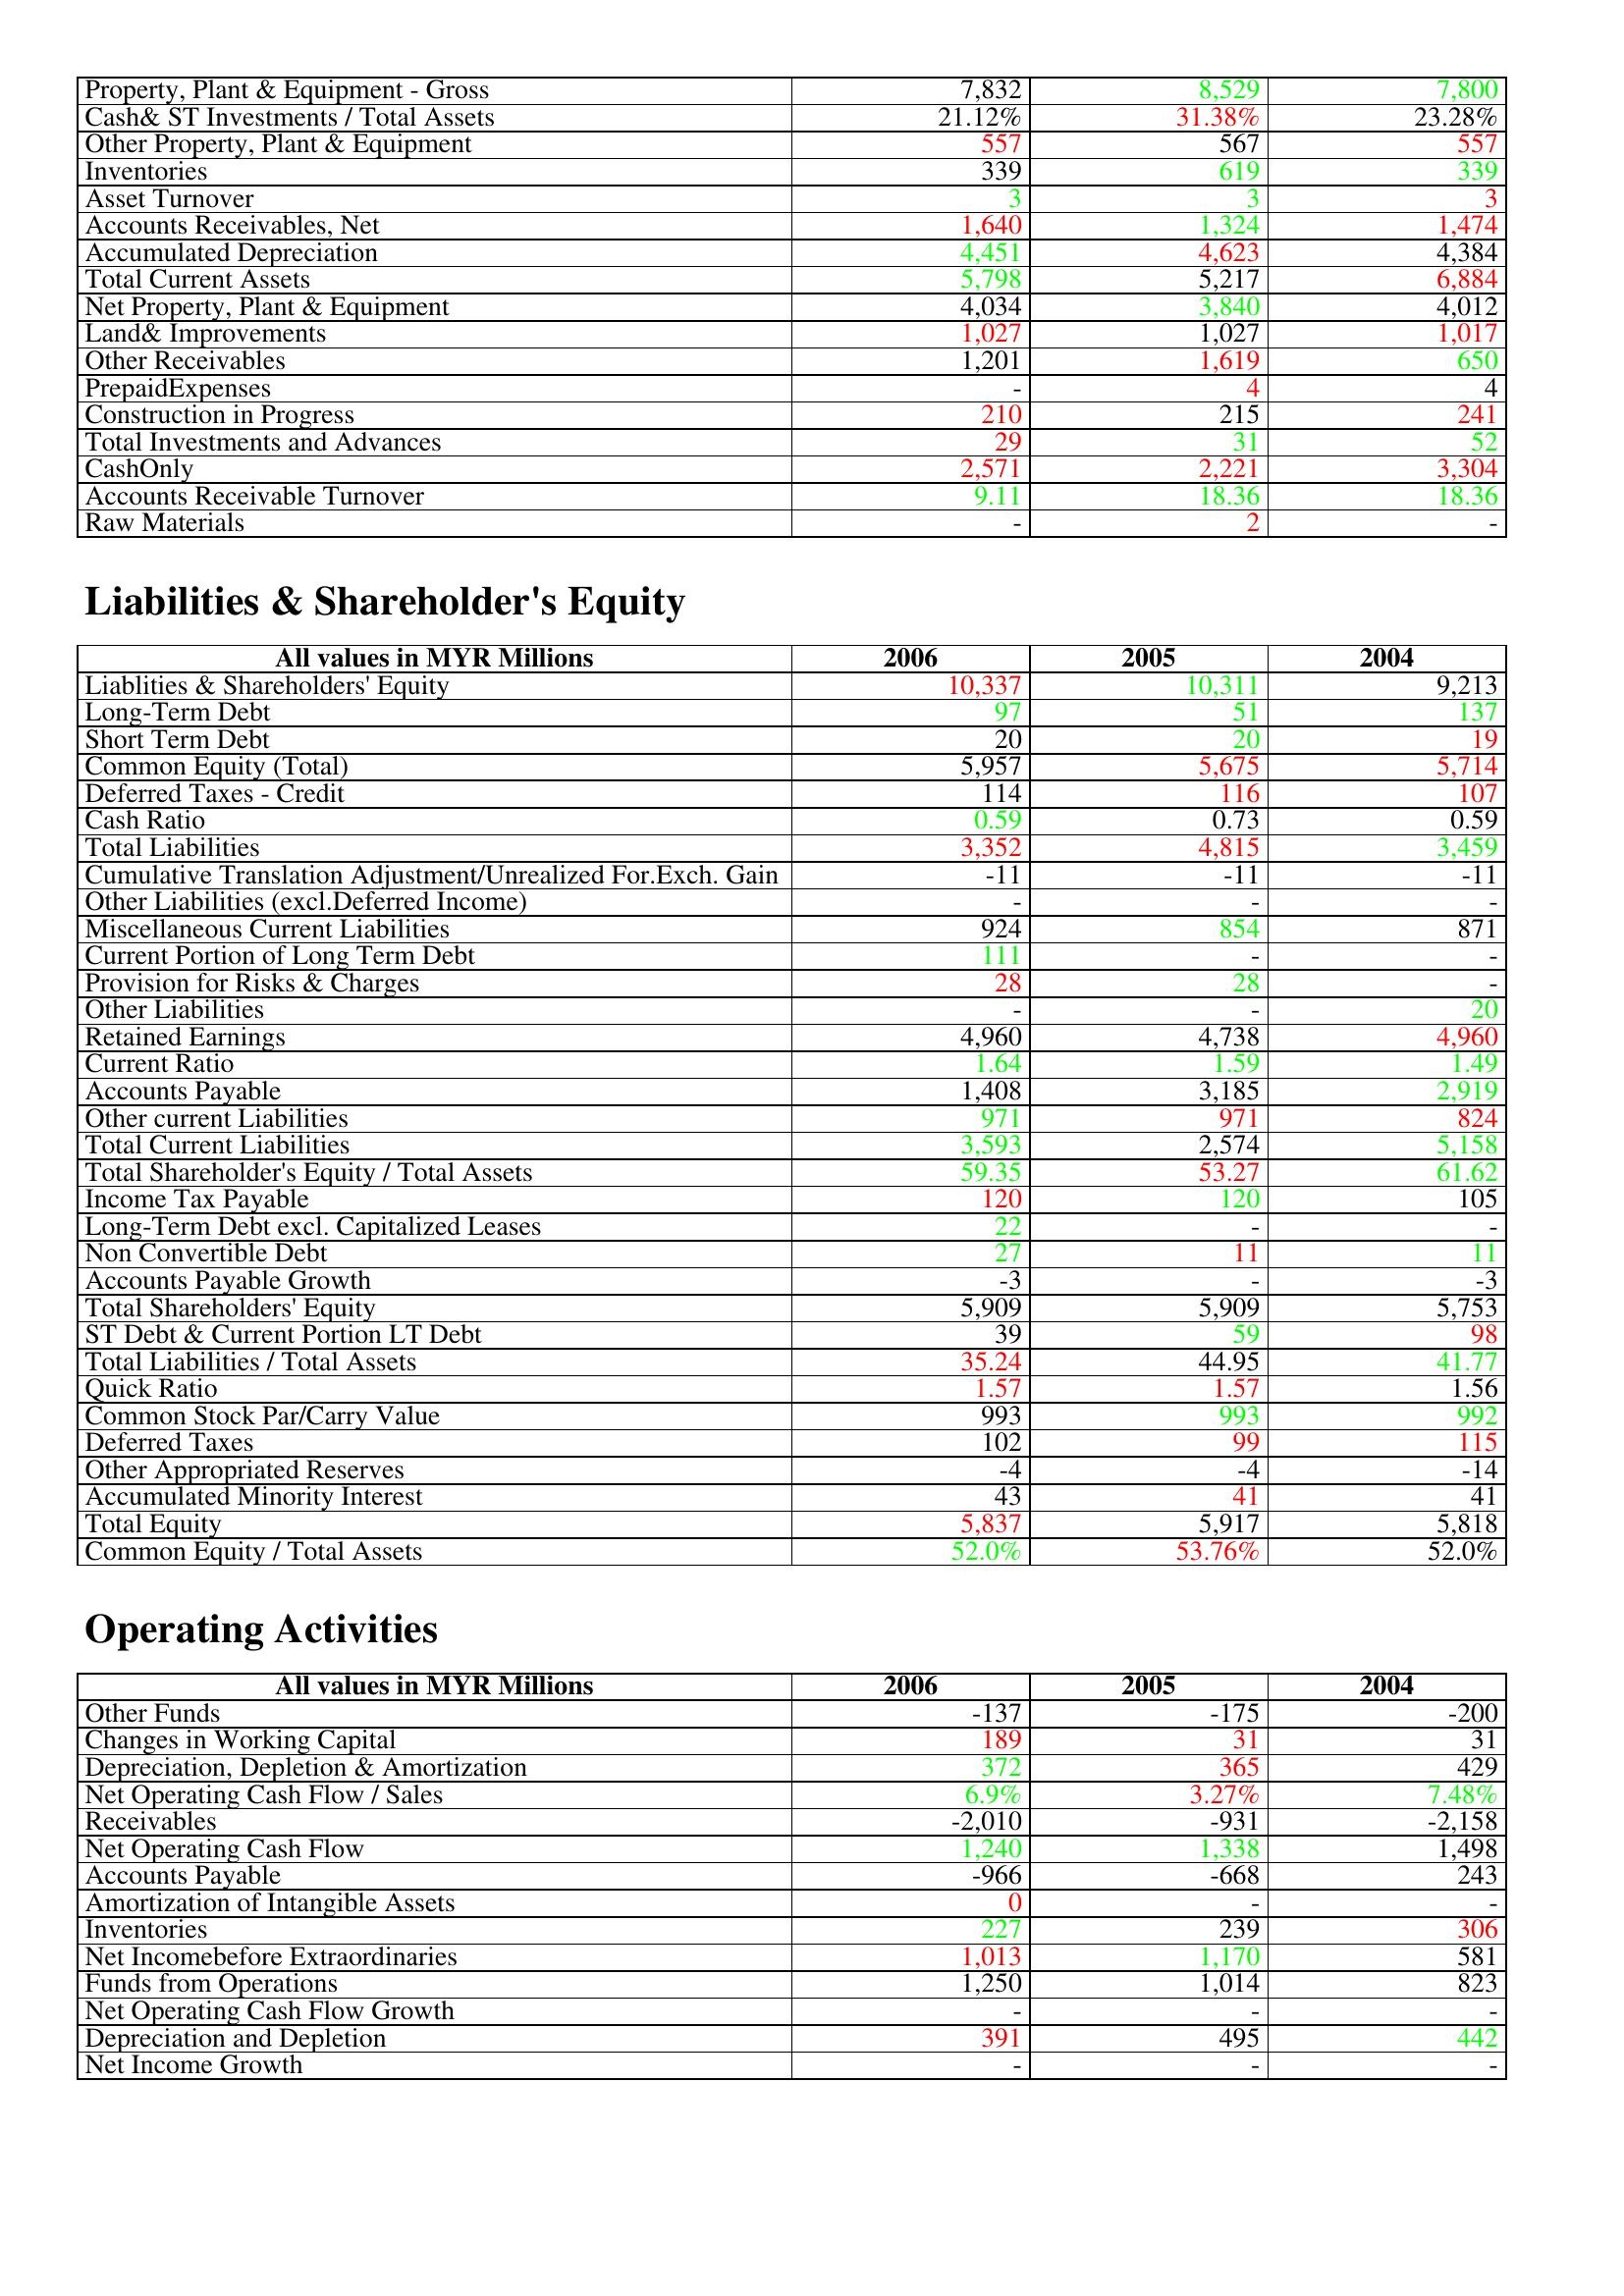
gt_parse: 2006: Assets: Property, Plant & Equipment - Gross : 7,832
Cash& ST Investments / Total Assets: 21.12%
Other Property, Plant & Equipment: 557
Inventories: 339
Asset Turnover: 3
Accounts Receivables, Net: 1,640
Accumulated Depreciation: 4,451
Total Current Assets: 5,798
Net Property, Plant & Equipment: 4,034
Land& Improvements: 1,027
Other Receivables: 1,201
PrepaidExpenses: -
Construction in Progress: 210
Total Investments and Advances: 29
CashOnly: 2,571
Accounts Receivable Turnover: 9.11
Raw Materials: -
Liabilities & Shareholder's Equity: Liablities & Shareholders' Equity: 10,337
Long-Term Debt: 97
Short Term Debt: 20
Common Equity (Total): 5,957
Deferred Taxes - Credit: 114
Cash Ratio: 0.59
Total Liabilities: 3,352
Cumulative Translation Adjustment/Unrealized For.Exch. Gain: -11
Other Liabilities (excl.Deferred Income): -
Miscellaneous Current Liabilities: 924
Current Portion of Long Term Debt: 111
Provision for Risks & Charges: 28
Other Liabilities: -
Retained Earnings: 4,960
Current Ratio: 1.64
Accounts Payable: 1,408
Other current Liabilities: 971
Total Current Liabilities: 3,593
Total Shareholder's Equity / Total Assets: 59.35
Income Tax Payable: 120
Long-Term Debt excl. Capitalized Leases: 22
Non Convertible Debt: 27
Accounts Payable Growth: -3
Total Shareholders' Equity: 5,909
ST Debt & Current Portion LT Debt: 39
Total Liabilities / Total Assets: 35.24
Quick Ratio: 1.57
Common Stock Par/Carry Value: 993
Deferred Taxes: 102
Other Appropriated Reserves: -4
Accumulated Minority Interest: 43
Total Equity: 5,837
Common Equity / Total Assets: 52.0%
Operating Activities: Other Funds: -137
Changes in Working Capital: 189
Depreciation, Depletion & Amortization: 372
Net Operating Cash Flow / Sales: 6.9%
Receivables: -2,010
Net Operating Cash Flow: 1,240
Accounts Payable: -966
Amortization of Intangible Assets: 0
Inventories: 227
Net Incomebefore Extraordinaries: 1,013
Funds from Operations: 1,250
Net Operating Cash Flow Growth: -
Depreciation and Depletion: 391
Net Income Growth: -
2005: Assets: Property, Plant & Equipment - Gross : 8,529
Cash& ST Investments / Total Assets: 31.38%
Other Property, Plant & Equipment: 567
Inventories: 619
Asset Turnover: 3
Accounts Receivables, Net: 1,324
Accumulated Depreciation: 4,623
Total Current Assets: 5,217
Net Property, Plant & Equipment: 3,840
Land& Improvements: 1,027
Other Receivables: 1,619
PrepaidExpenses: 4
Construction in Progress: 215
Total Investments and Advances: 31
CashOnly: 2,221
Accounts Receivable Turnover: 18.36
Raw Materials: 2
Liabilities & Shareholder's Equity: Liablities & Shareholders' Equity: 10,311
Long-Term Debt: 51
Short Term Debt: 20
Common Equity (Total): 5,675
Deferred Taxes - Credit: 116
Cash Ratio: 0.73
Total Liabilities: 4,815
Cumulative Translation Adjustment/Unrealized For.Exch. Gain: -11
Other Liabilities (excl.Deferred Income): -
Miscellaneous Current Liabilities: 854
Current Portion of Long Term Debt: -
Provision for Risks & Charges: 28
Other Liabilities: -
Retained Earnings: 4,738
Current Ratio: 1.59
Accounts Payable: 3,185
Other current Liabilities: 971
Total Current Liabilities: 2,574
Total Shareholder's Equity / Total Assets: 53.27
Income Tax Payable: 120
Long-Term Debt excl. Capitalized Leases: -
Non Convertible Debt: 11
Accounts Payable Growth: -
Total Shareholders' Equity: 5,909
ST Debt & Current Portion LT Debt: 59
Total Liabilities / Total Assets: 44.95
Quick Ratio: 1.57
Common Stock Par/Carry Value: 993
Deferred Taxes: 99
Other Appropriated Reserves: -4
Accumulated Minority Interest: 41
Total Equity: 5,917
Common Equity / Total Assets: 53.76%
Operating Activities: Other Funds: -175
Changes in Working Capital: 31
Depreciation, Depletion & Amortization: 365
Net Operating Cash Flow / Sales: 3.27%
Receivables: -931
Net Operating Cash Flow: 1,338
Accounts Payable: -668
Amortization of Intangible Assets: -
Inventories: 239
Net Incomebefore Extraordinaries: 1,170
Funds from Operations: 1,014
Net Operating Cash Flow Growth: -
Depreciation and Depletion: 495
Net Income Growth: -
2004: Assets: Property, Plant & Equipment - Gross : 7,800
Cash& ST Investments / Total Assets: 23.28%
Other Property, Plant & Equipment: 557
Inventories: 339
Asset Turnover: 3
Accounts Receivables, Net: 1,474
Accumulated Depreciation: 4,384
Total Current Assets: 6,884
Net Property, Plant & Equipment: 4,012
Land& Improvements: 1,017
Other Receivables: 650
PrepaidExpenses: 4
Construction in Progress: 241
Total Investments and Advances: 52
CashOnly: 3,304
Accounts Receivable Turnover: 18.36
Raw Materials: -
Liabilities & Shareholder's Equity: Liablities & Shareholders' Equity: 9,213
Long-Term Debt: 137
Short Term Debt: 19
Common Equity (Total): 5,714
Deferred Taxes - Credit: 107
Cash Ratio: 0.59
Total Liabilities: 3,459
Cumulative Translation Adjustment/Unrealized For.Exch. Gain: -11
Other Liabilities (excl.Deferred Income): -
Miscellaneous Current Liabilities: 871
Current Portion of Long Term Debt: -
Provision for Risks & Charges: -
Other Liabilities: 20
Retained Earnings: 4,960
Current Ratio: 1.49
Accounts Payable: 2,919
Other current Liabilities: 824
Total Current Liabilities: 5,158
Total Shareholder's Equity / Total Assets: 61.62
Income Tax Payable: 105
Long-Term Debt excl. Capitalized Leases: -
Non Convertible Debt: 11
Accounts Payable Growth: -3
Total Shareholders' Equity: 5,753
ST Debt & Current Portion LT Debt: 98
Total Liabilities / Total Assets: 41.77
Quick Ratio: 1.56
Common Stock Par/Carry Value: 992
Deferred Taxes: 115
Other Appropriated Reserves: -14
Accumulated Minority Interest: 41
Total Equity: 5,818
Common Equity / Total Assets: 52.0%
Operating Activities: Other Funds: -200
Changes in Working Capital: 31
Depreciation, Depletion & Amortization: 429
Net Operating Cash Flow / Sales: 7.48%
Receivables: -2,158
Net Operating Cash Flow: 1,498
Accounts Payable: 243
Amortization of Intangible Assets: -
Inventories: 306
Net Incomebefore Extraordinaries: 581
Funds from Operations: 823
Net Operating Cash Flow Growth: -
Depreciation and Depletion: 442
Net Income Growth: -